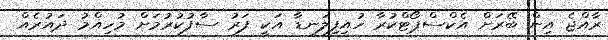
ރާއްޖެ އިން ބޭރަށް އެކްސްޕޯޓްކުރާ ހުއިފިލަނޑާ އަކީ ފަރު ސާފުކުރުމަށް މުހިއްމު ދައުރެއް